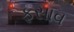
ફસાવ